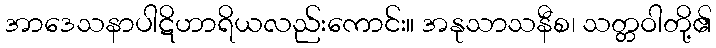
အာဒေသနာပါဋိဟာရိယလည်းကောင်း။ အနုသာသနီစ၊ သတ္တဝါတို့၏